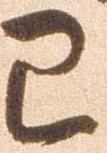
已